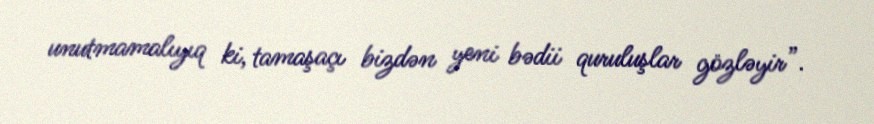
unutmamalıyıq ki, tamaşaçı bizdən yeni bədii quruluşlar gözləyir”.